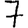
Digit: 7